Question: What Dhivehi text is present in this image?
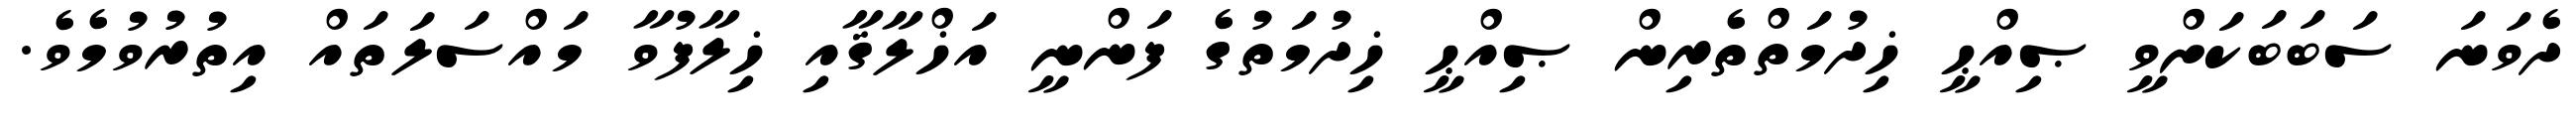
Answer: ދެވަނަ ސަބަބަކަށްވީ ޞިއްޙީ ޚިދުމަތްތެރިން ޞިއްޙީ ޚިދުމަތުގެ ފަންނީ އަޚްލާޤާއި ޚިލާފުވާ މައްސަލަތައް އިތުރުވުމެވެ.